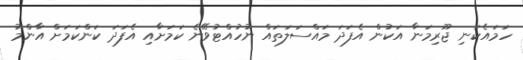
ހަމައެކަނި ޖޫރިމަނާ އަކުން އެފަދަ މައްސަލަތައް ނުހުއްޓުވޭނެ ކަމަށާއި އެފަދަ ކަންކަމަށް އާންމު